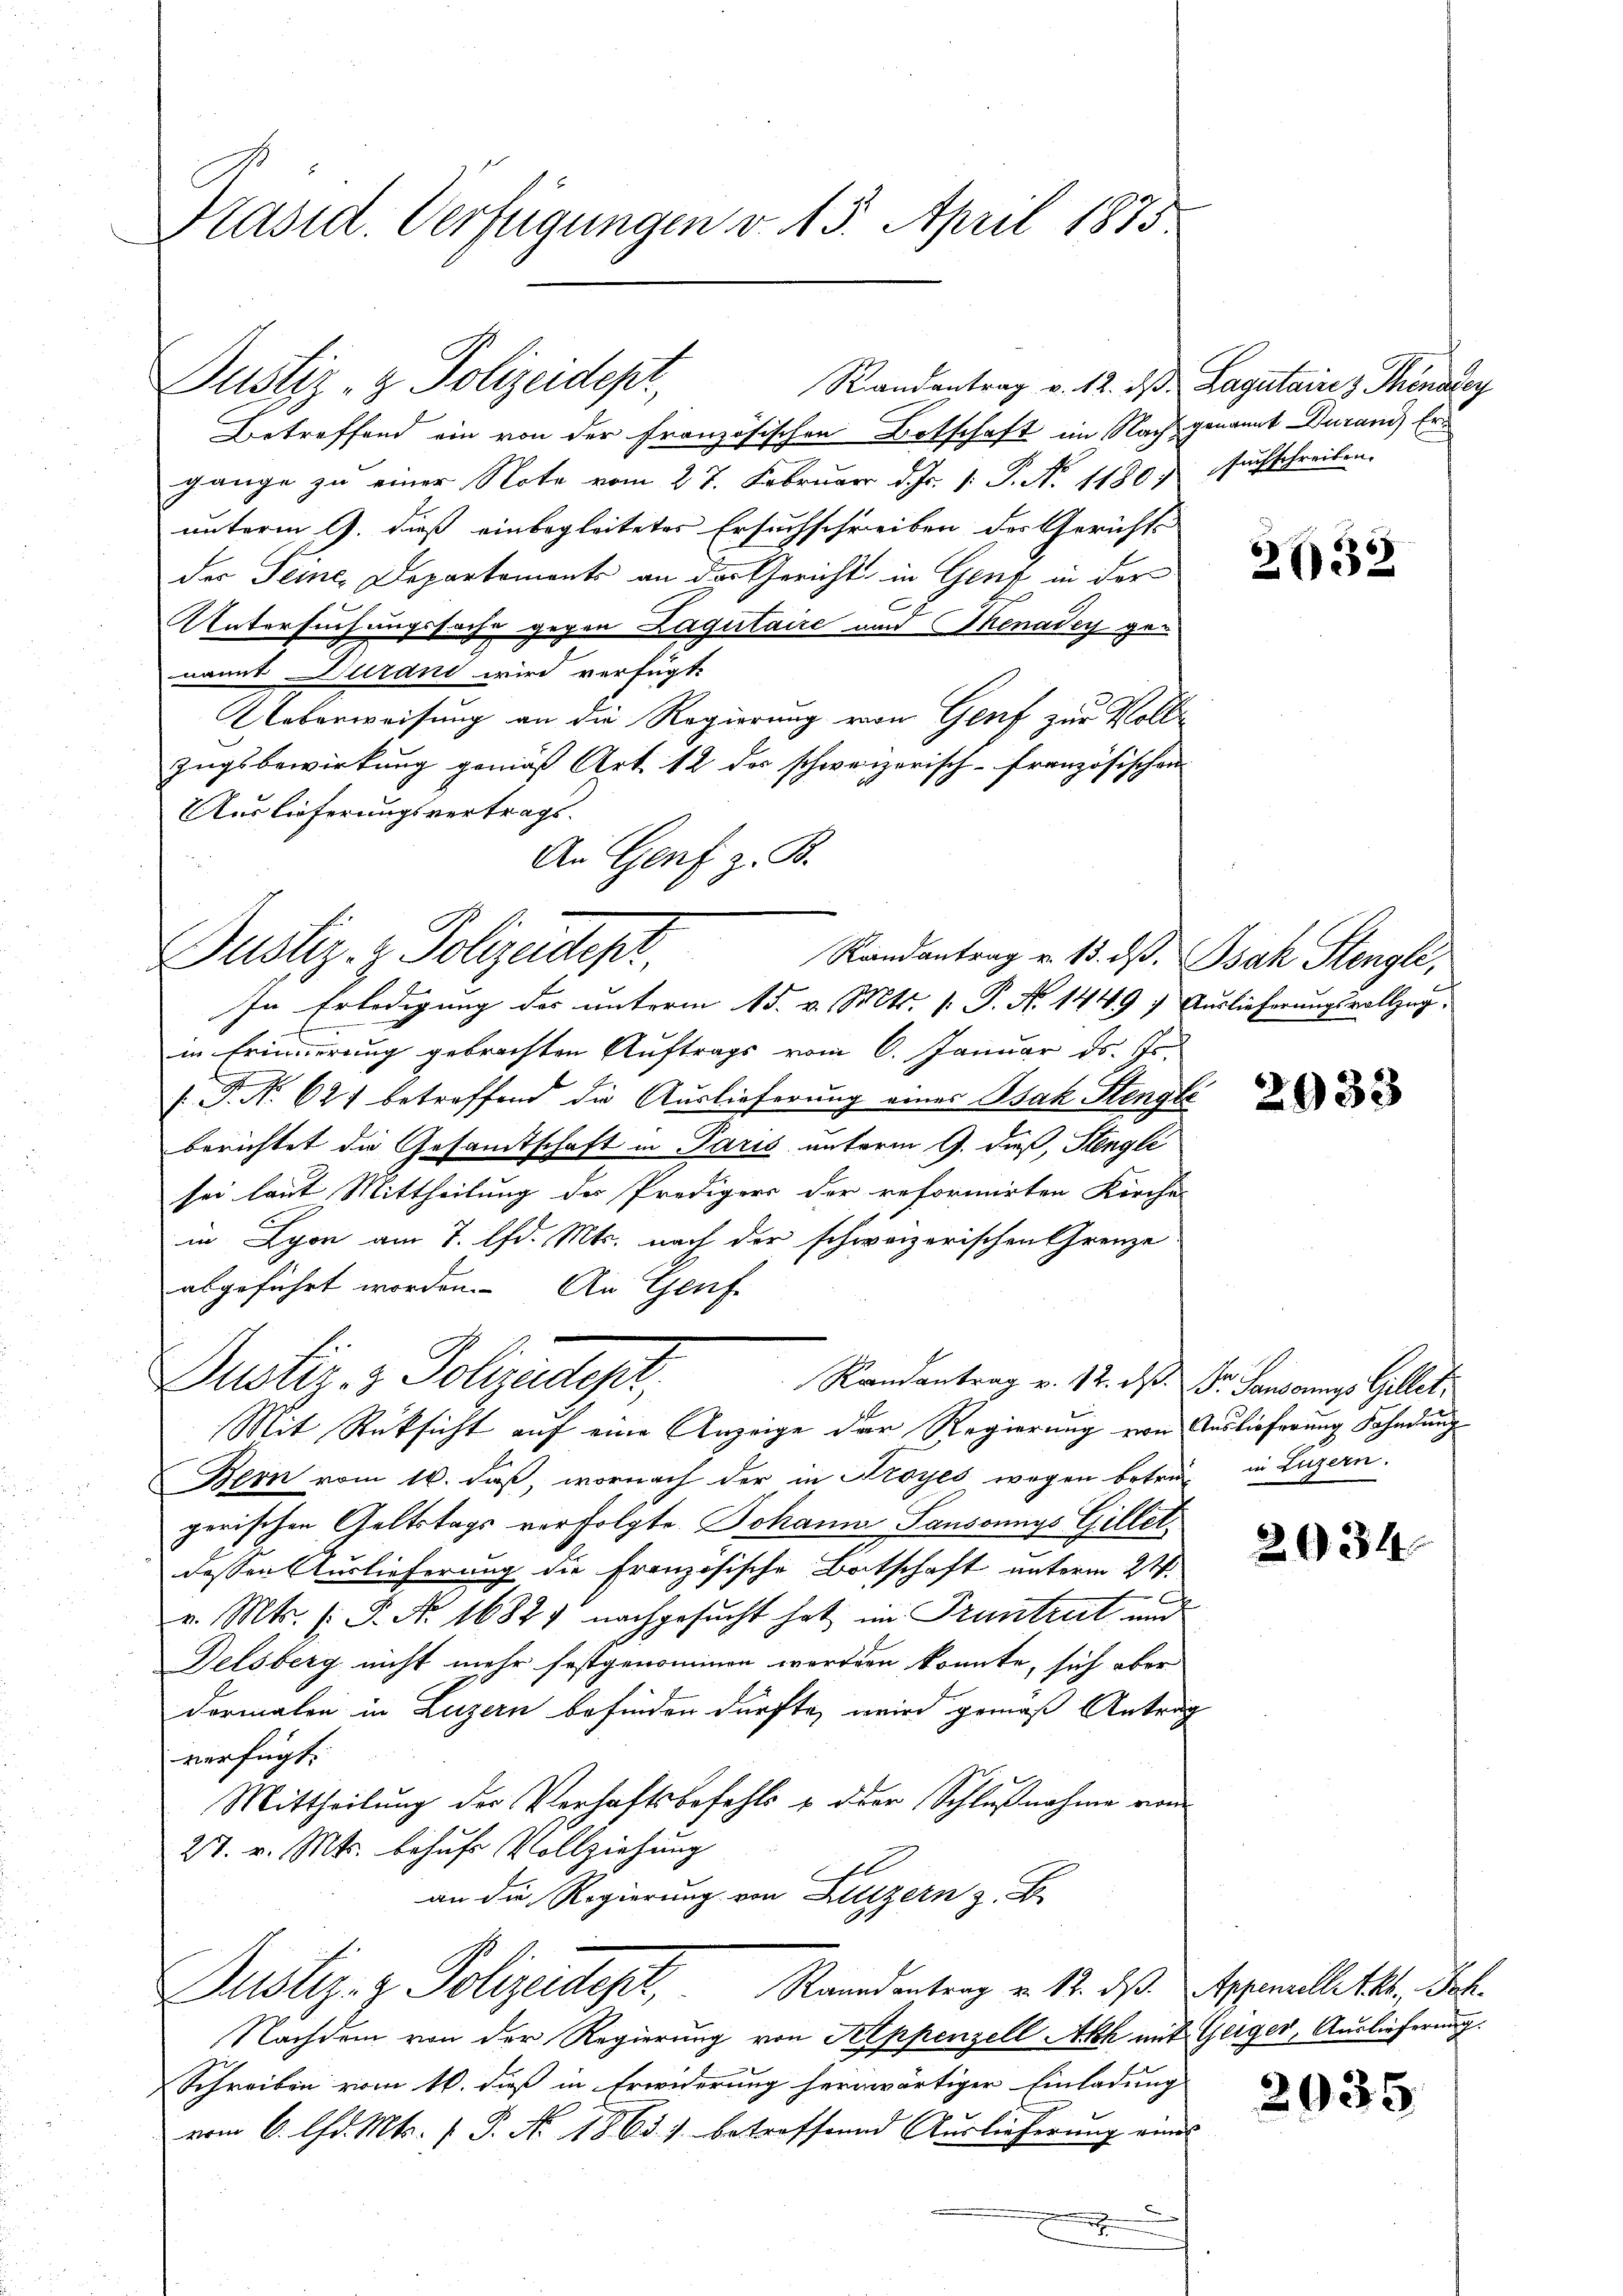
Präsid. Verfügungen v. 15. April 1875

Betreffend ein von der französischen Botschaft im Nach genannt duranz Ergange zu einer Note vom 27. Februar d. Js. 1. P. N. 1180, suchschreiben.
unterm 9. dieß einbegleitetes Ersuchschreiben der Gerichts
der Teme, Departements an das Gericht in Genz in der
C
UUntersuchungssache gegen Lagutaire und Thenadey genamit durant wird verfügt:
Ueberweisung an die Regierung von Genf zur Vollzugsbewirkung gemäß Art. 12 des schweizerisch-französischen
Auslieferungsvertrags.
An Genf z. B.

Justiz- & Polizeidepr
Randantrag v. 12. d. Lagutaires Phöndley

Justiz- & Polizeidepr

Dustiz- & Polizeidest,

Randantrag u. 13. dβ. Isak Stengli,
In Erledigung der unterm 15. v. Mts. 1. P. No 1449 7 Auslieferŭngsvollzug.
in Erinnerung gebrachten Auftrags vom 6. Januar ds. Js.
 P. Nr. 621 betreffend die Auslieferung eines Bsak Stengle
berichtet die Gesandtschaft in Paris unterm 9. dieß, Hengle
sei laut Mittheilung des Predigers der reformirten Kirche
in Lyon am 7. d. Mts. nach der schweizerischen Grenze
abgeführt worden. An Gef
Randantrag v. 12. ds. Dr. Sansonnigs Gillet,
Mit Rüksicht auf eine Anzeige der Regierung von Auslieferung Sohndung
Bern vom 16. daß, wornach der in Nroyes wegen betre in Luzern.
gerischen Geltstags verfolgte Johann Sansonnys Gillet
dessen Auslieferung die französische Botschaft unterm 24.
v. Mts. (: P. Nr. 1682 nachgesucht hat im Truntrut und
Delsberg nicht mehr festgenommen werden konnte, sich aber
dermalen in Luzern befinden dürfte, wird gemäß Antrag
verfügt:
Mittheilung der Verhaftsbefehls u. der Schlußnahme von
27. v. Mts. behufs Vollziehung
an die Regierung von Luzern z. B.
Justiz- & Polizeidept, Randentrag v. 12. ds. Aprillett. Joh.
Nachdem von der Regierung von Appenzell Ach mit Geiger, Auslieferung.
Schreiben vom 16. dieß in Erwiderung herwärtiger Einladung
vom 6. d. Mts. f. P. No. 1863. 1. betreffend Auslieferung eines
.
u

2632

2933

2934

2935